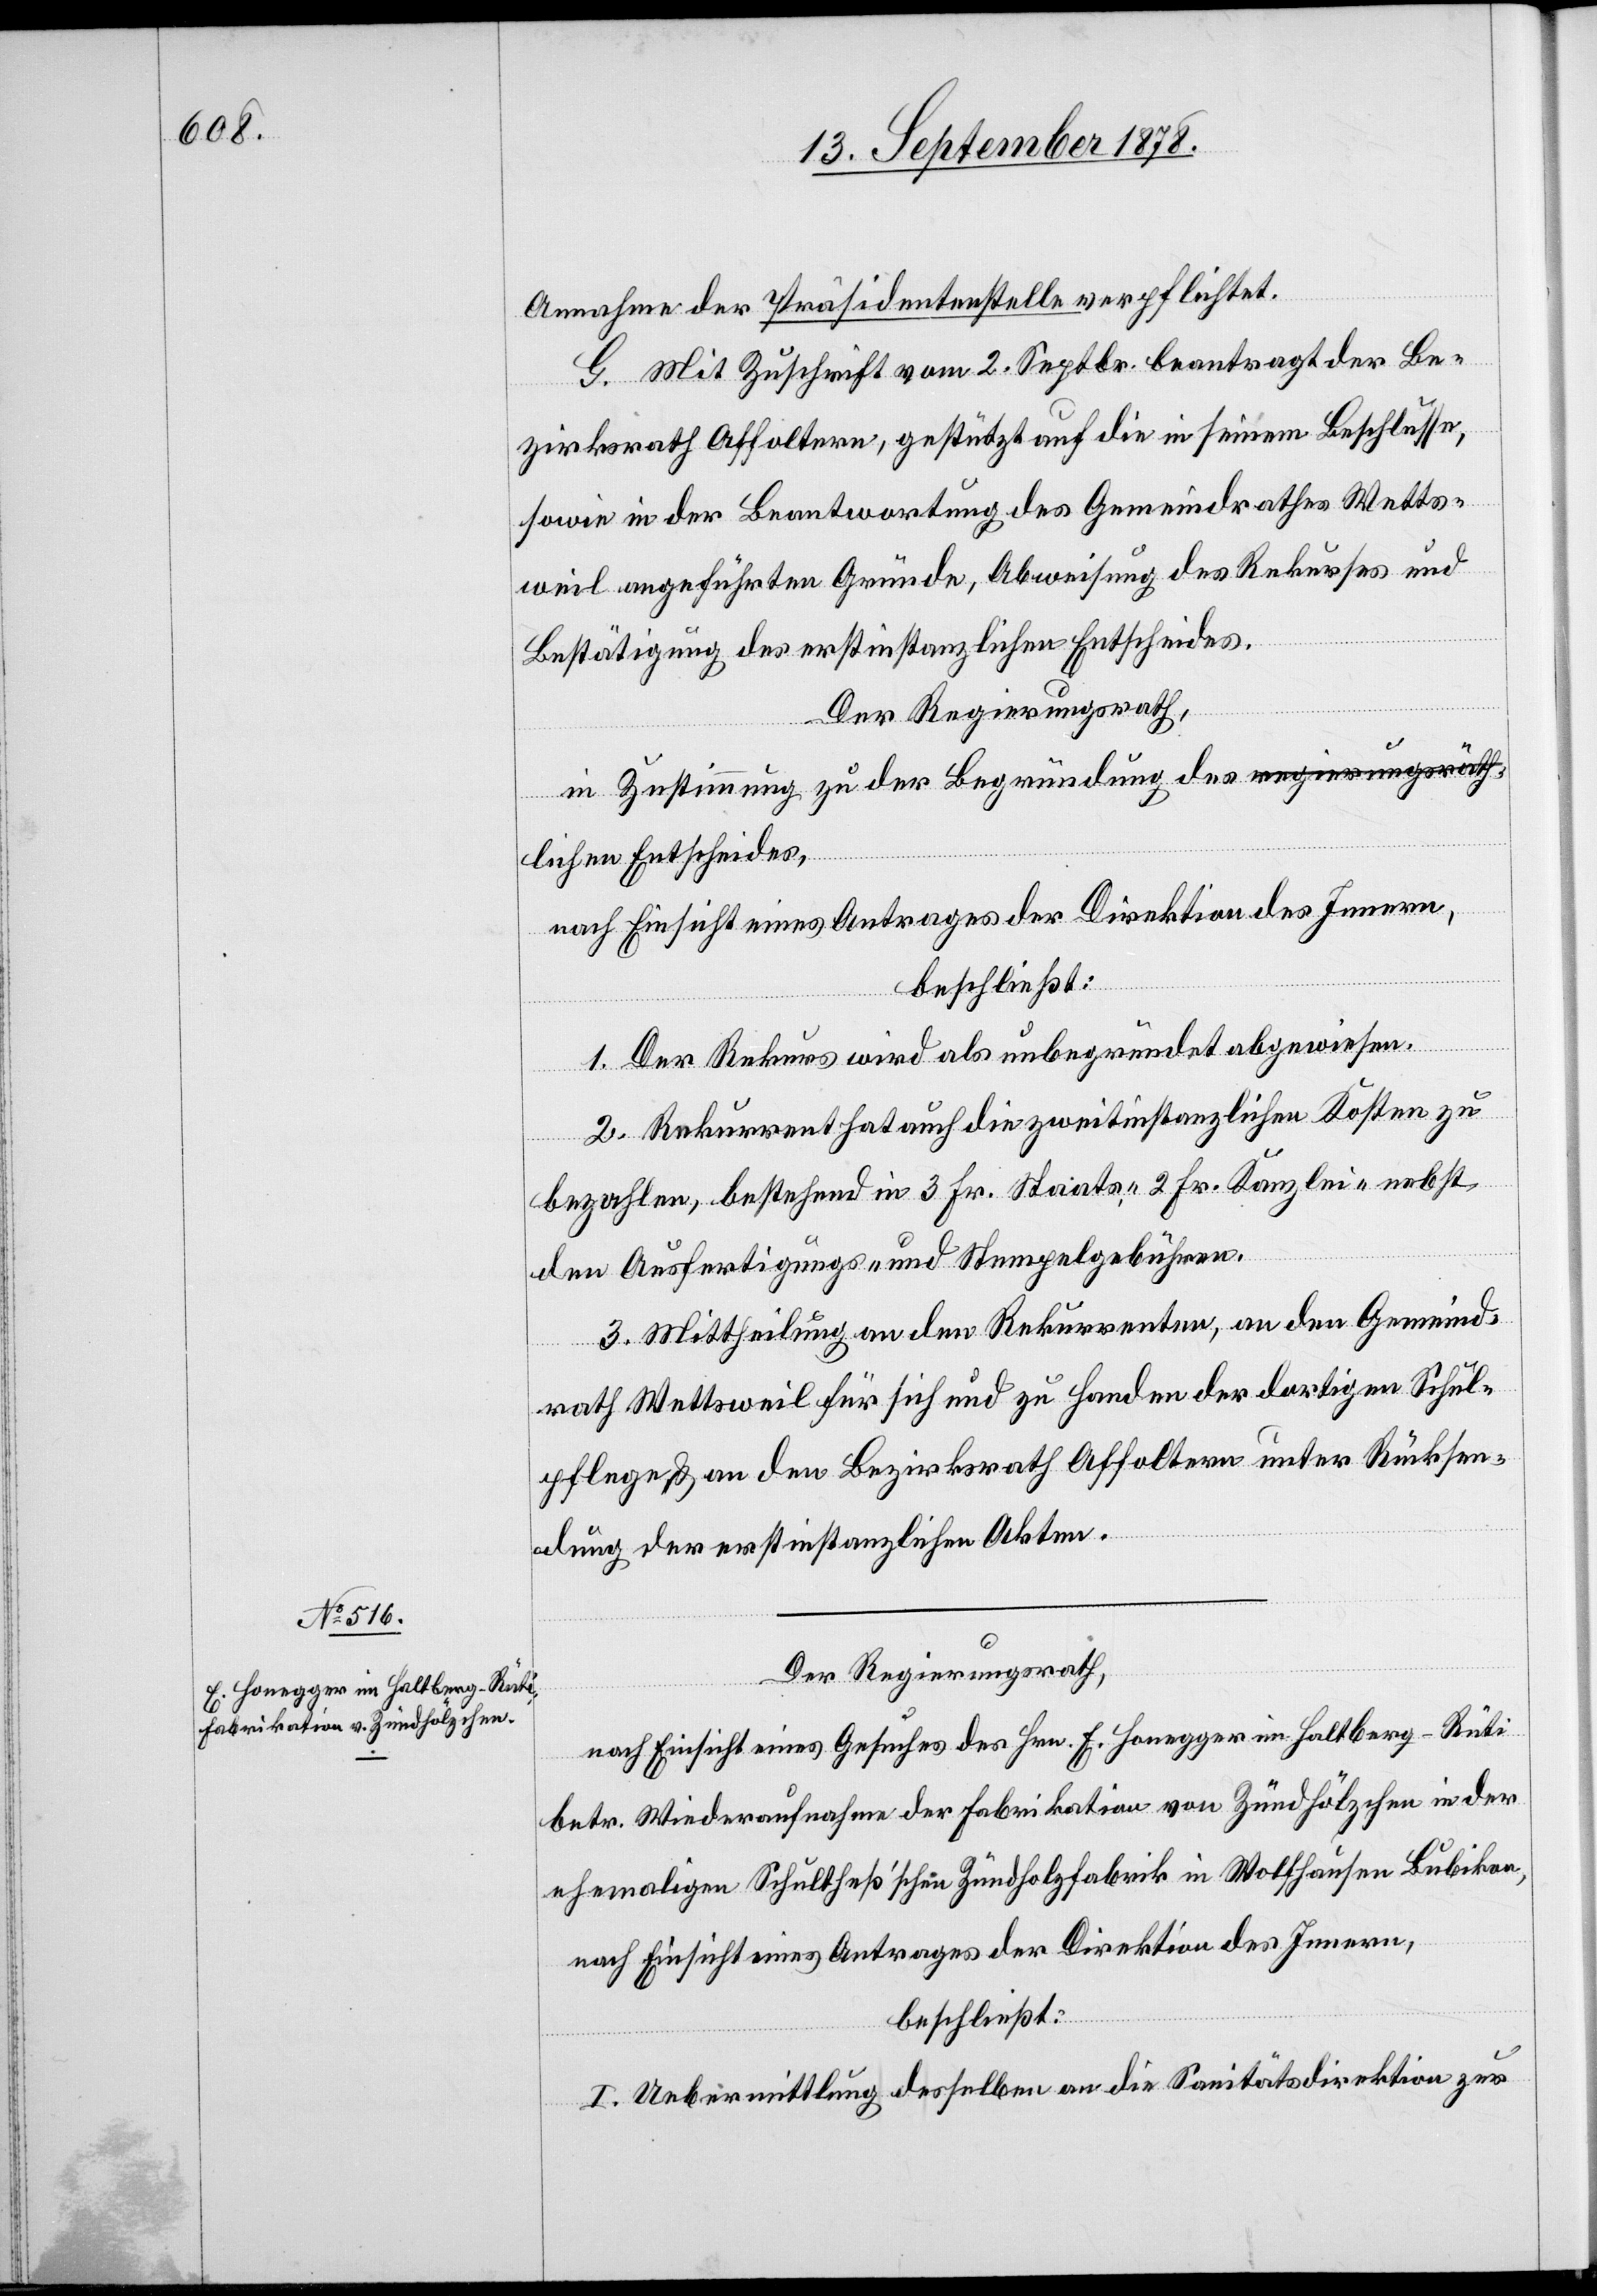
Annahme der Präsidentenstelle verpflichtet.
G. Mit Zuschrift vom 2. Septbr. beantragt der Be¬
zirksrath Affoltern, gestützt auf die in seinem Beschlusse,
sowie in der Beantwortung des Gemeindrathes Wetts¬
weil angeführten Gründe, Abweisung des Rekurses und
Bestätigung des erstinstanzlichen Entscheides.
Der Regierungsrath,
in Zustimmung zu der Begründung des a-regierungsräth—a
hen
nach Einsicht eines Antrages der Direktion des Innern,
beschließt:
1. Der Rekurs wird als unbegründet abgewiesen.
2. Rekurrent hat auch die zweitinstanzlichen Kosten zu
bezahlen, bestehend in 3 Fr. Staats-, 2 Fr. Kanzlei- nebst
den Ausfertigungs- und Stempelgebühren.
3. Mittheilung an den Rekurrenten, an den Gemeind¬
rath Wettsweil für sich und zu Handen der dortigen Schul¬
pflege & an den Bezirksrath Affoltern unter Rücksen¬
dung der erstinstanzlichen Akten.
Der Regierungsrath,
nach Einsicht eines Gesuches des Hrn. E. Honegger im Haltberg - Rüti
betr. Wiederaufnahme der Fabrikation von Zündhölzchen in der
ehemaligen Schultheß’schen Zündholzfabrik in Wolfhausen Bubikon,
nach Einsicht eines Antrages der Direktion des Innern,
beschließt:
I. Uebermittlung desselben an die Sanitätsdirektion zur